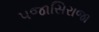
પજાસિરાજા